Annual report of the Imperial Bacteriologist
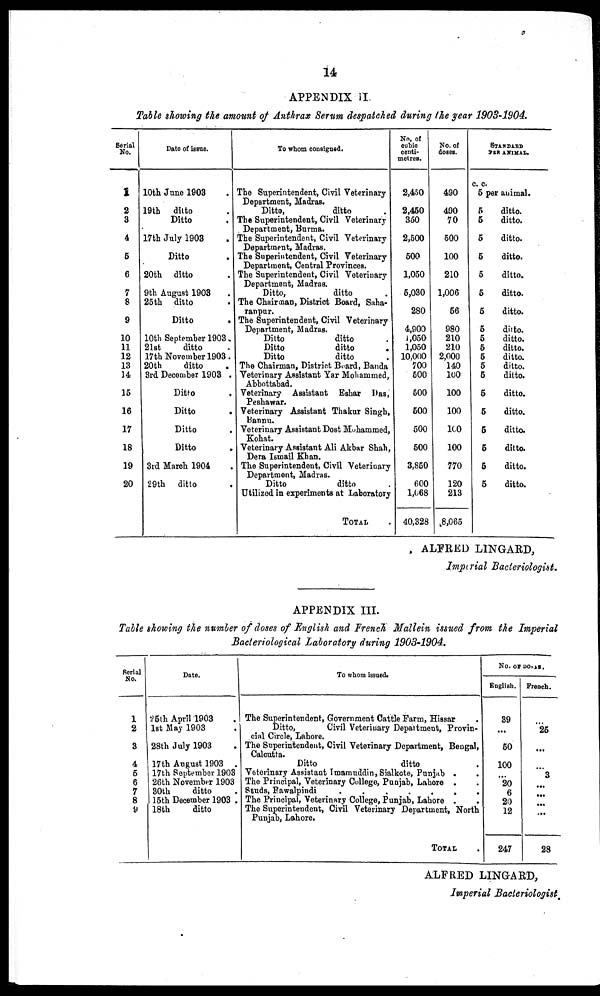
14
APPENDIX II.
Table showing the amount of Anthrax Serum despatched during the year 1903-1904.
Serial
No.
1
2
3
4
5
6
7
8
9
10
11
12
13
14
15
16
17
18
19
20
Date of issue.
10th June 1903 .
19th ditto .
Ditto .
17th July 1903 .
Ditto .
20th ditto .
9th August 1903 .
25th ditto .
Ditto .
10th September 1903 .
21st
ditto .
17th November 1903.
20th
ditto .
3rd December 1903 .
Ditto .
Ditto .
Ditto .
Ditto .
3rd March 1904 .
29th ditto .
To whom consigned.
The Superintendent, Civil Veterinary
Department, Madras.
Ditto,
ditto
The Superintendent, Civil Veterinary
Department, Burma.
The Superintendent, Civil Veterinary
Department, Madras.
The Superintendent, Civil Veterinary
Department, Central Provinces.
The Superintendent, Civil Veterinary
Department, Madras.
Ditto,
ditto
The Chairman, District Board, Saha¬
ranpur.
The Superintendent, Civil Veterinary
Department, Madras.
Ditto
ditto
Ditto
ditto
.
Ditto
ditto
The Chairman, District Board, Banda
Veterinary Assistant Yar Mohammed,
Abbottabad.
Veterinary Assistant Eshar Das,
Peshawar.
Veterinary Assistant Thakur Singh,
Bannu.
Veterinary Assistant Dost Mohammed,
Kohat.
Veterinary Assistant Ali Akbar Shah,
Dera Ismail Khan.
The Superintendent, Civil Veterinary
Department, Madras.
Ditto
ditto
Utilized in experiments at Laboratory
TOTAL
No. of
cubic
centi-
metres.
2,450
2,450
350
2,500
500
1,050
5,030
280
4,900
1,050
1,050
10,000
700
500
500
500
500
500
3,850
600
1,068
40,328
No. of
doses.
490
490
70
500
100
210
1,006
56
980
210
210
2,000
140
100
100
100
100
100
770
120
213
8,065
STANDARD
PER ANIMAL.
C. C.
5 per animal.
5
5
5
5
5
5
5
5
5
5
5
5
5
5
5
5
5
5
5
ditto.
ditto.
ditto.
ditto.
ditto.
ditto.
ditto.
ditto.
ditto.
ditto.
ditto.
ditto.
ditto.
ditto.
ditto.
ditto.
ditto.
ditto.
ditto.
ALFRED LINGARD,
Imperial Bacteriologist.
APPENDIX III.
Table showing the number of doses of English and French Mallein issued from the Imperial
Bacteriological Laboratory during 1903-1904.
Serial
No.
1
2
3
4
5
6
7
8
9
Date
25th April 1903 .
1st May 1903 .
28th July 1903
17th August 1903 .
17th September 1903
26th November 1903
30th
ditto
15th December 1903 .
18th
ditto
To whom issued.
The Superintendent, Government Cattle Farm, Hissar
Ditto,
Civil Veterinary Department, Provin-
cial Circle, Lahore.
The Superintendent, Civil Veterinary Department, Bengal,
Calcutta.
Ditto
ditto
Veterinary Assistant Imamuddin, Sialkote, Punjab .
The Principal, Veterinary College, Punjab, Lahore .
Studs,
Rawalpindi
.......
The Principal, Veterinary College, Punjab, Lahore .
The Superintendent, Civil Veterinary Department, North
Punjab, Lahore.
TOTAL
No. OF DOSES.
English.
39
...
50
100
20
6
20
12
247
French.
...
25
...
...
3
...
...
...
...
28
ALFRED LINGARD,
Imperial Bacteriologist.